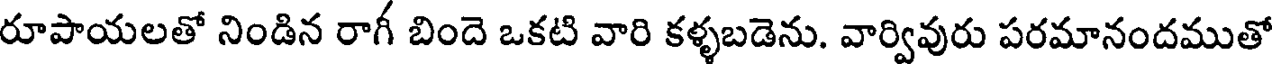
రూపాయలతో నిండిన రాగీ బిందె ఒకటి వారి కళ్ళబడెను. వార్వివురు పరమానందముతో